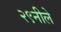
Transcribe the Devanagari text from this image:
२९नीले